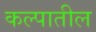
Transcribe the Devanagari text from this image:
कल्पातील